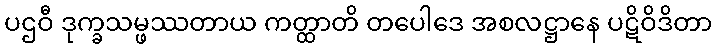
ပဌဝီ ဒုက္ခသမ္ဖဿတာယ ကတ္ထာတိ တပေါဒေ အစလဋ္ဌာနေ ပဋိဝိဒိတာ